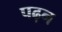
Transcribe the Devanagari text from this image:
पढ़न